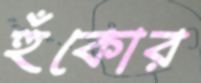
হুঁকোর